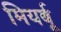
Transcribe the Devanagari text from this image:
मियर्बू